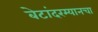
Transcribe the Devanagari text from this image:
बेटांदरम्यानचा